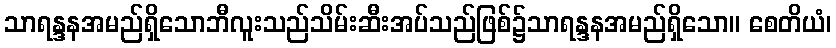
သာရန္ဒနအမည်ရှိသောဘီလူးသည်သိမ်းဆီးအပ်သည်ဖြစ်၌သာရန္ဒနအမည်ရှိသော။ စေတိယံ၊